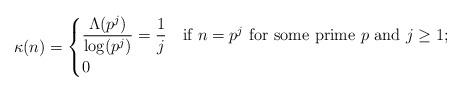
LaTeX: \begin{align*} \kappa(n) = \begin{cases} \dfrac{\Lambda(p^j)}{\log(p^j)} = \dfrac{1}{j} &\text{if $n = p^j$ for some prime $p$ and $j \ge 1$;} \\ 0 & \end{cases}\end{align*}